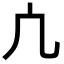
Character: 凣